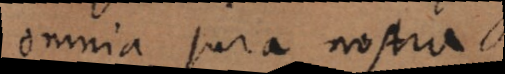
omnia jura nostra.